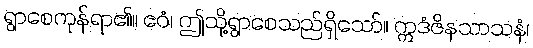
ရွာစေကုန်ရာ၏။ ဧဝံ၊ ဤသို့ရွာစေသည်ရှိသော်။ ဣဒံဇိနသာသနံ၊